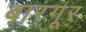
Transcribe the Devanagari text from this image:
बारगूर